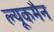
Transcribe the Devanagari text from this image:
ल्यूकमैन